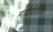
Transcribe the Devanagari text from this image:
माढ्यातील